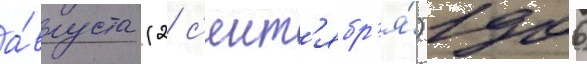
а́вгуста (2 с'ент'ябр'я́) 1906